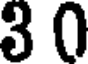
3 0